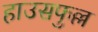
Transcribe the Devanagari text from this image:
हाउसफुल्ल